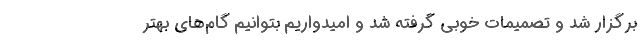
برگزار شد و تصمیمات خوبی گرفته شد و امیدواریم بتوانیم گام‌های بهتر